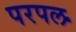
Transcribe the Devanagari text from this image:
परपल